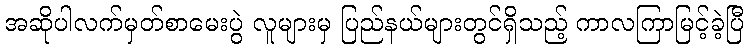
အဆိုပါလက်မှတ်စာမေးပွဲ လူများမှ ပြည်နယ်များတွင်ရှိသည့် ကာလကြာမြင့်ခဲ့ပြီ